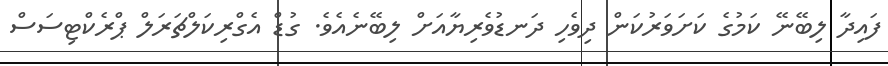
ފައިދާ ލިބޭނޭ ކަމުގެ ކަށަވަރުކަން ދިވެހި ދަނޑުވެރިޔާއަށް ލިބޭނެއެވެ. ގުޑް އެގްރިކަލްޗަރަލް ޕްރެކްޓިސަސް